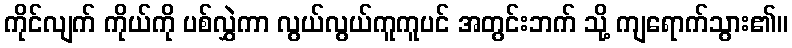
ကိုင်လျက် ကိုယ်ကို ပစ်လွှဲကာ လွယ်လွယ်ကူကူပင် အတွင်းဘက် သို့ ကျရောက်သွား၏။